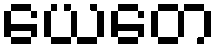
ယေတေ